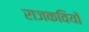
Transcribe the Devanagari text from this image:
राजकवियों